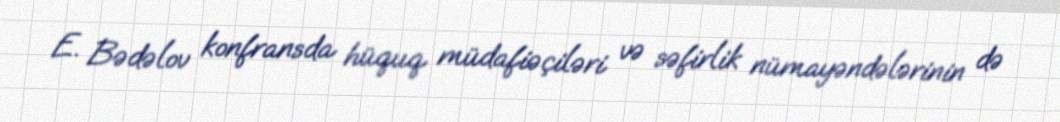
E. Bədəlov konfransda hüquq müdafiəçiləri və səfirlik nümayəndələrinin də